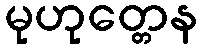
မုဟုတ္တေန